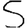
Digit: 5